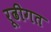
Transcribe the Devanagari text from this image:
रूढीगत